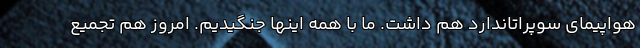
هواپیمای سوپراتاندارد هم داشت. ما با همه اینها جنگیدیم. امروز هم تجمیع